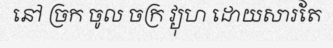
នៅ ច្រក ចូល ចក្រ វ្យុហ ដោយសារតែ